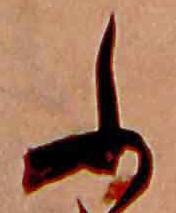
ふ